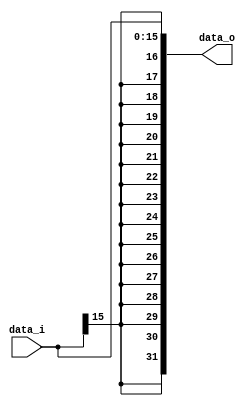
// Class: 109  
module Sign_Extend( data_i, data_o );

//I/O ports
input	[16-1:0] data_i;
output	[32-1:0] data_o;

//Internal Signals
wire	[32-1:0] data_o;

//Sign extended
assign data_o[32-1:0] = {{16{data_i[16-1]}},data_i[16-1:0]};


endmodule